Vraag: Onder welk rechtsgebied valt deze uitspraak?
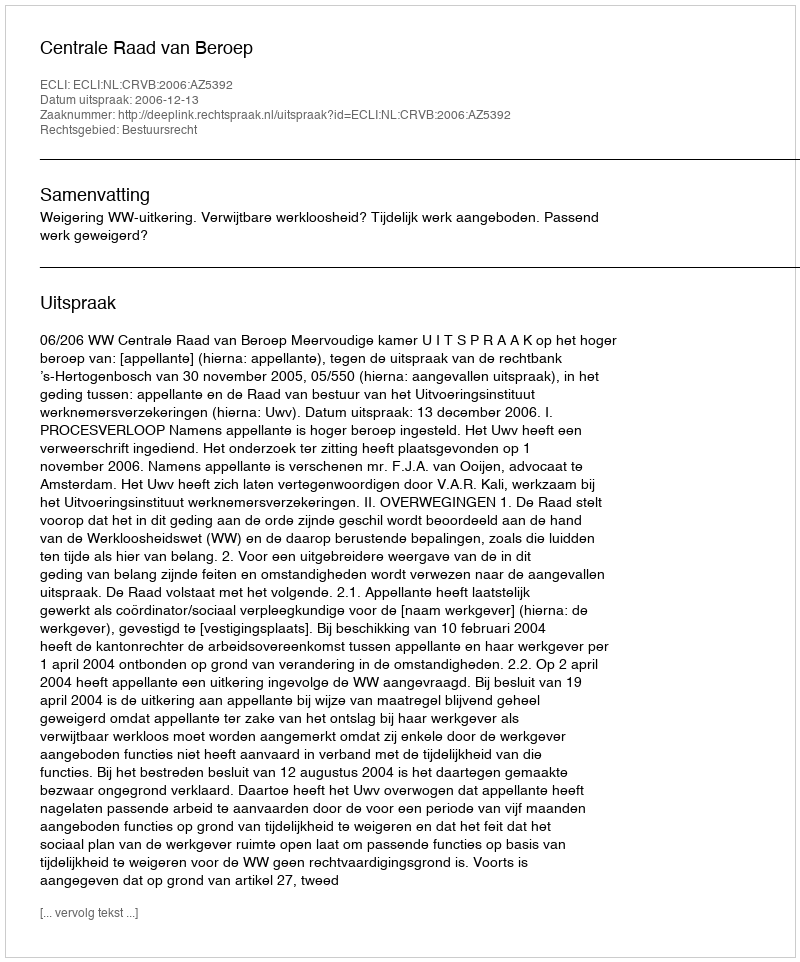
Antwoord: Bestuursrecht